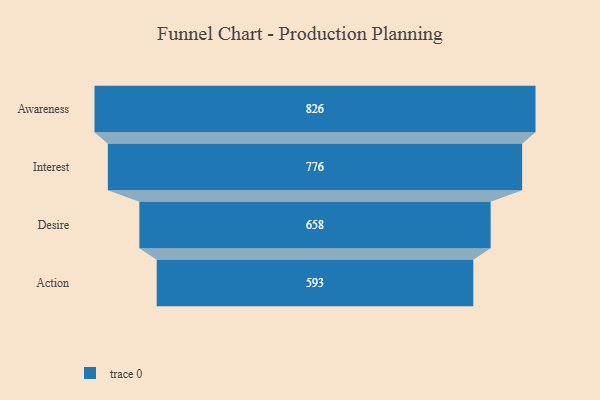
{"axis": {"x": "Stage", "y": "Value"}, "legend": [""], "data": [{"x": "Awareness", "y": 826.0, "type": ""}, {"x": "Interest", "y": 776.0, "type": ""}, {"x": "Desire", "y": 658.0, "type": ""}, {"x": "Action", "y": 593.0, "type": ""}]}